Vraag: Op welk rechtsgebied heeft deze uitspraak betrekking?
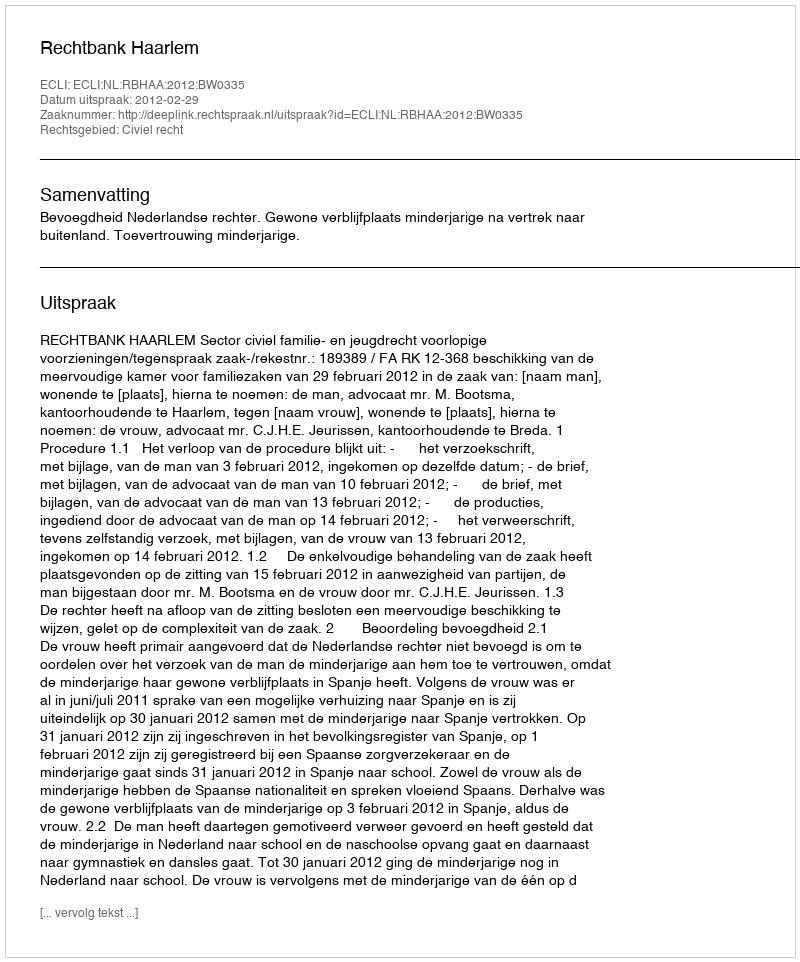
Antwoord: Civiel recht